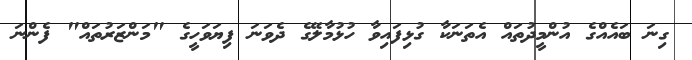
ގިނަ ބައެއްގެ އުންމީދުތައް އެތަނަކާ ގުޅިފައިވާ ހުޅުމާލޭގެ ދެވަނަ ފިޔަވަހީގެ "މަންޒަރުތައް" ފެންނަ